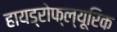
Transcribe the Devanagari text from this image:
हायड्रोफ्ल्यूरिक